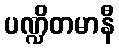
ပဏ္ဍိတမာနီ